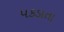
પકડાતા